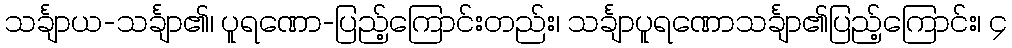
သင်္ချာယ-သင်္ချာ၏၊ ပူရဏော-ပြည့်ကြောင်းတည်း၊ သင်္ချာပူရဏောသင်္ချာ၏ပြည့်ကြောင်း၊ ၄